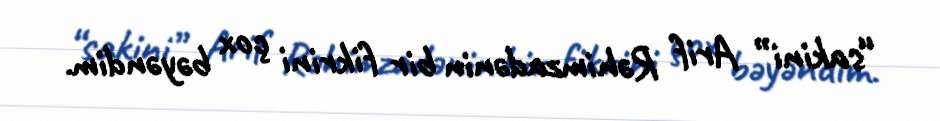
“sakini” Arif Rəhimzadənin bir fikrini çox bəyəndim.